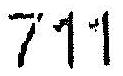
711